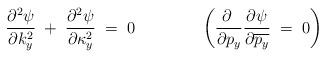
LaTeX: \begin{align*}{\frac{\partial^2 \psi}{\partial k^2_y}} \; +\;{\frac{\partial^2 \psi}{\partial \kappa^2_y}}\; = \; 0\qquad\qquad\left( {\frac{\partial \;}{\partial p_y}}{\frac{\partial \psi}{\partial \overline{p_y}}} \; = \; 0\right) \end{align*}